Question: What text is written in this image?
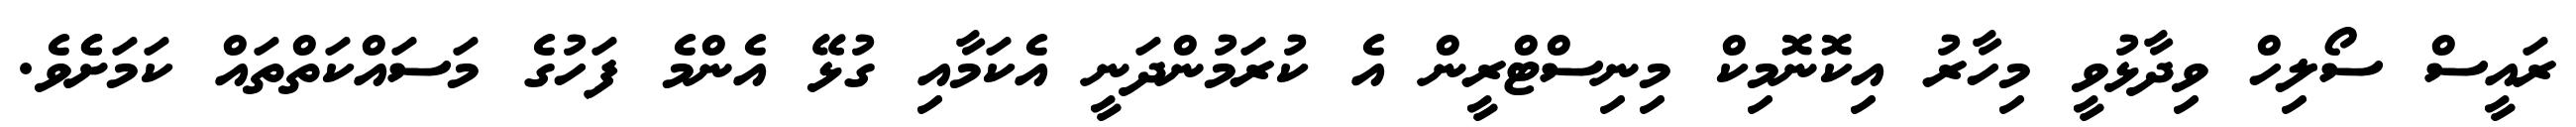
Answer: ރައީސް ސޯލިހް ވިދާޅުވީ މިހާރު އިކޮނޮމިކް މިނިސްޓްރީން އެ ކުރަމުންދަނީ އެކަމާއި ގުޅޭ އެންމެ ފަހުގެ މަސައްކަތްތައް ކަމަށެެވެ.